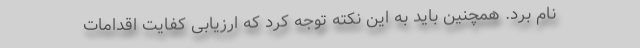
نام برد. همچنین باید به این نکته توجه کرد که ارزیابی کفایت اقدامات